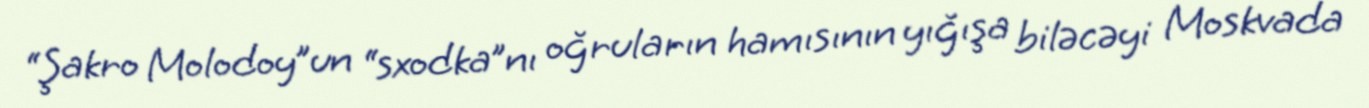
“Şakro Molodoy”un “sxodka”nı oğruların hamısının yığışa biləcəyi Moskvada